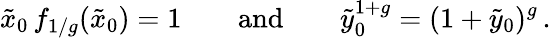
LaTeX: \tilde{x}_{0}\, f_{1/g}(\tilde{x}_{0})=1\qquad\mathrm{and}\qquad\tilde{y}_{0}^{1+g}=(1+\tilde{y}_{0})^{g}\, .